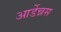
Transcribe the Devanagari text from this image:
आर्डेन्नस